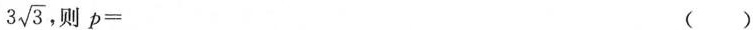
3 \sqrt{3}，则p= ()